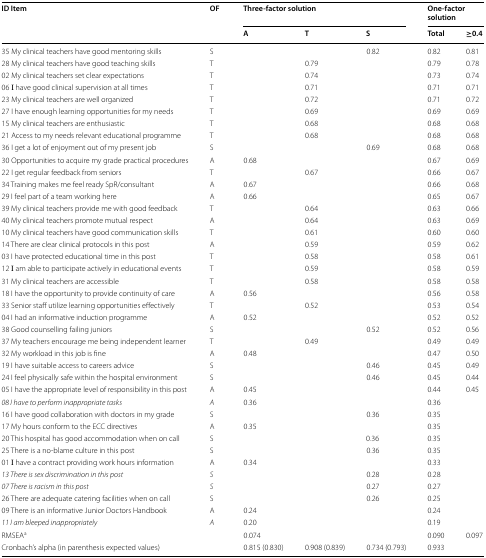
<table><thead><tr><td rowspan="2"><b>ID Item</b></td><td rowspan="2"><b>OF</b></td><td colspan="3"><b>Three-factor solution</b></td><td colspan="2"><b>One-factor solution</b></td></tr><tr><td><b>A</b></td><td><b>T</b></td><td><b>S</b></td><td><b>Total</b></td><td><b>≥0.4</b></td></tr></thead><tbody><tr><td>35 My clinical teachers have good mentoring skills</td><td>S</td><td></td><td></td><td>0.82</td><td>0.82</td><td>0.81</td></tr><tr><td>28 My clinical teachers have good teaching skills</td><td>T</td><td></td><td>0.79</td><td></td><td>0.79</td><td>0.78</td></tr><tr><td>02 My clinical teachers set clear expectations</td><td>T</td><td></td><td>0.74</td><td></td><td>0.73</td><td>0.74</td></tr><tr><td>06 Ι have good clinical supervision at all times</td><td>T</td><td></td><td>0.71</td><td></td><td>0.71</td><td>0.71</td></tr><tr><td>23 My clinical teachers are well organized</td><td>T</td><td></td><td>0.72</td><td></td><td>0.71</td><td>0.72</td></tr><tr><td>27 I have enough learning opportunities for my needs</td><td>T</td><td></td><td>0.69</td><td></td><td>0.69</td><td>0.69</td></tr><tr><td>15 My clinical teachers are enthusiastic</td><td>T</td><td></td><td>0.68</td><td></td><td>0.68</td><td>0.68</td></tr><tr><td>21 Access to my needs relevant educational programme</td><td>T</td><td></td><td>0.68</td><td></td><td>0.68</td><td>0.68</td></tr><tr><td>36 I get a lot of enjoyment out of my present job</td><td>S</td><td></td><td></td><td>0.69</td><td>0.68</td><td>0.68</td></tr><tr><td>30 Opportunities to acquire my grade practical procedures</td><td>A</td><td>0.68</td><td></td><td></td><td>0.67</td><td>0.69</td></tr><tr><td>22 I get regular feedback from seniors</td><td>T</td><td></td><td>0.67</td><td></td><td>0.66</td><td>0.67</td></tr><tr><td>34 Training makes me feel ready SpR/consultant</td><td>A</td><td>0.67</td><td></td><td></td><td>0.66</td><td>0.68</td></tr><tr><td>29 I feel part of a team working here</td><td>A</td><td>0.66</td><td></td><td></td><td>0.65</td><td>0.67</td></tr><tr><td>39 My clinical teachers provide me with good feedback</td><td>T</td><td></td><td>0.64</td><td></td><td>0.63</td><td>0.66</td></tr><tr><td>40 My clinical teachers promote mutual respect</td><td>A</td><td></td><td>0.64</td><td></td><td>0.63</td><td>0.69</td></tr><tr><td>10 My clinical teachers have good communication skills</td><td>T</td><td></td><td>0.61</td><td></td><td>0.60</td><td>0.60</td></tr><tr><td>14 There are clear clinical protocols in this post</td><td>A</td><td></td><td>0.59</td><td></td><td>0.59</td><td>0.62</td></tr><tr><td>03 I have protected educational time in this post</td><td>T</td><td></td><td>0.58</td><td></td><td>0.58</td><td>0.61</td></tr><tr><td>12 Ι am able to participate actively in educational events</td><td>T</td><td></td><td>0.59</td><td></td><td>0.58</td><td>0.59</td></tr><tr><td>31 My clinical teachers are accessible</td><td>T</td><td></td><td>0.58</td><td></td><td>0.58</td><td>0.58</td></tr><tr><td>18 I have the opportunity to provide continuity of care</td><td>A</td><td>0.56</td><td></td><td></td><td>0.56</td><td>0.58</td></tr><tr><td>33 Senior staff utilize learning opportunities effectively</td><td>T</td><td></td><td>0.52</td><td></td><td>0.53</td><td>0.54</td></tr><tr><td>04 I had an informative induction programme</td><td>A</td><td>0.52</td><td></td><td></td><td>0.52</td><td>0.52</td></tr><tr><td>38 Good counselling failing juniors</td><td>S</td><td></td><td></td><td>0.52</td><td>0.52</td><td>0.56</td></tr><tr><td>37 My teachers encourage me being independent learner</td><td>T</td><td></td><td>0.49</td><td></td><td>0.49</td><td>0.49</td></tr><tr><td>32 My workload in this job is fine</td><td>A</td><td>0.48</td><td></td><td></td><td>0.47</td><td>0.50</td></tr><tr><td>19 I have suitable access to careers advice</td><td>S</td><td></td><td></td><td>0.46</td><td>0.45</td><td>0.49</td></tr><tr><td>24 I feel physically safe within the hospital environment</td><td>S</td><td></td><td></td><td>0.46</td><td>0.45</td><td>0.44</td></tr><tr><td>05 I have the appropriate level of responsibility in this post</td><td>A</td><td>0.45</td><td></td><td></td><td>0.44</td><td>0.45</td></tr><tr><td><i>08 I have to perform inappropriate tasks</i></td><td><i>A</i></td><td>0.36</td><td></td><td></td><td>0.36</td><td></td></tr><tr><td>16 I have good collaboration with doctors in my grade</td><td>S</td><td></td><td></td><td>0.36</td><td>0.35</td><td></td></tr><tr><td>17 My hours conform to the ECC directives</td><td>A</td><td>0.35</td><td></td><td></td><td>0.35</td><td></td></tr><tr><td>20 This hospital has good accommodation when on call</td><td>S</td><td></td><td></td><td>0.36</td><td>0.35</td><td></td></tr><tr><td>25 There is a no-blame culture in this post</td><td>S</td><td></td><td></td><td>0.36</td><td>0.35</td><td></td></tr><tr><td>01 Ι have a contract providing work hours information</td><td>A</td><td>0.34</td><td></td><td></td><td>0.33</td><td></td></tr><tr><td><i>13 There is sex discrimination in this post</i></td><td><i>S</i></td><td></td><td></td><td>0.28</td><td>0.28</td><td></td></tr><tr><td><i>07 There is racism in this post</i></td><td><i>S</i></td><td></td><td></td><td>0.27</td><td>0.27</td><td></td></tr><tr><td>26 There are adequate catering facilities when on call</td><td>S</td><td></td><td></td><td>0.26</td><td>0.25</td><td></td></tr><tr><td>09 There is an informative Junior Doctors Handbook</td><td>A</td><td>0.24</td><td></td><td></td><td>0.24</td><td></td></tr><tr><td><i>11 I am bleeped inappropriately</i></td><td><i>A</i></td><td>0.20</td><td></td><td></td><td>0.19</td><td></td></tr><tr><td>RMSEA<sup>a</sup></td><td></td><td>0.074</td><td></td><td></td><td>0.090</td><td>0.097</td></tr><tr><td>Cronbach’s alpha (in parenthesis expected values)</td><td></td><td>0.815 (0.830)</td><td>0.908 (0.839)</td><td>0.734 (0.793)</td><td>0.933</td><td></td></tr></tbody></table>